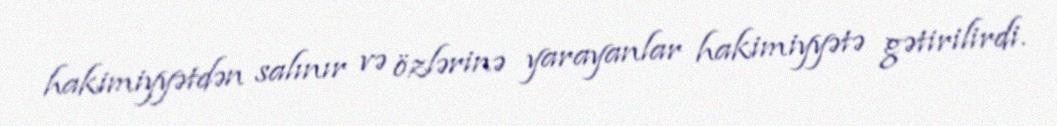
hakimiyyətdən salınır və özlərinə yarayanlar hakimiyyətə gətirilirdi.